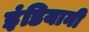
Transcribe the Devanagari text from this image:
इंडियानी